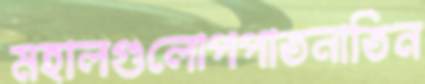
মহালগুলোপপাতনাতিন